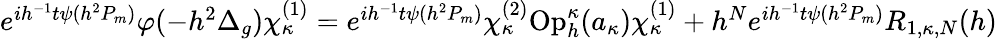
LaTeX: \begin{array}{r}{e^{ih^{-1}t\psi(h^{2}P_{m})}\varphi(-h^{2}\Delta_{g})\chi_{\kappa}^{(1)}=e^{ih^{-1}t\psi(h^{2}P_{m})}\chi_{\kappa}^{(2)}\mathrm{Op}_{h}^{\kappa}(a_{\kappa})\chi_{\kappa}^{(1)}+h^{N}e^{ih^{-1}t\psi(h^{2}P_{m})}R_{1,\kappa,N}(h)}\end{array}